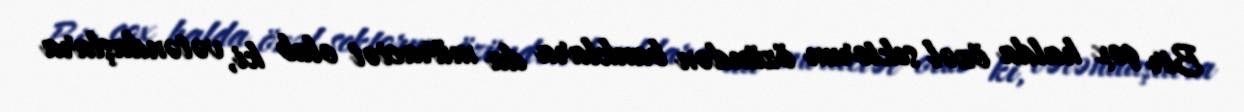
Bir çox halda özəl sektorun özündən banklara da müraciət olub ki, vətəndaşlara